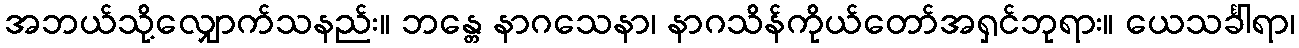
အဘယ်သို့လျှောက်သနည်း။ ဘန္တေ နာဂသေနာ၊ နာဂသိန်ကိုယ်တော်အရှင်ဘုရား။ ယေသင်္ခါရာ၊